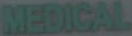
MEDICAL